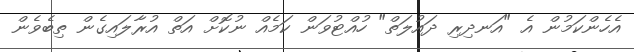
އެހެންކަމުން އެ "އަނދިރި ދައުލަތް" ހުއްޓުވަން ކަމެއް ނުކޮށް އަތް އުރާލައިގެން ތިބެވެން